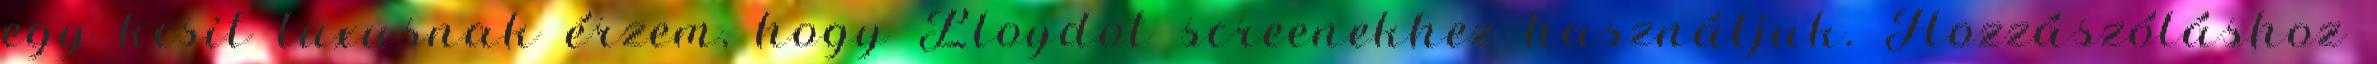
egy kcsit luxusnak érzem, hogy Lloydot screenekhez használjuk. Hozzászóláshoz